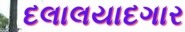
દલાલયાદગાર